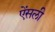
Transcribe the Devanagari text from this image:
ऐंसली